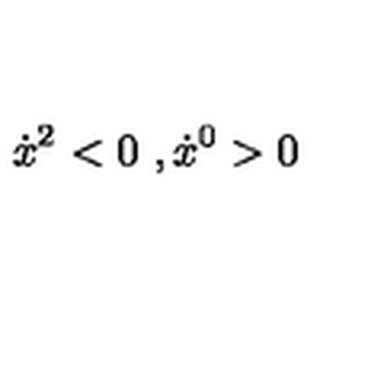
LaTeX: \dot { x } ^ { 2 } < 0 \ , \dot { x } ^ { 0 } > 0